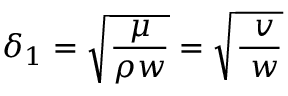
\delta _ { 1 } = { \sqrt { \frac { \mu } { \rho w } } } = { \sqrt { \frac { \ v } { \ w } } }